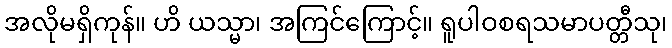
အလိုမရှိကုန်။ ဟိ ယသ္မာ၊ အကြင်ကြောင့်။ ရူပါဝစရသမာပတ္တီသု၊